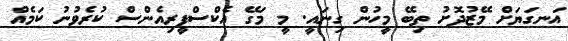
އަނގަޔަށް މޭޒުދޮށު ތިބޭ މީހުން ގިނައީ. މީ މަގޭ އެކްސްޕީރިއެންސް ކުރެވުނު ކަމެއް